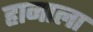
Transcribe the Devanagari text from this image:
हानाला